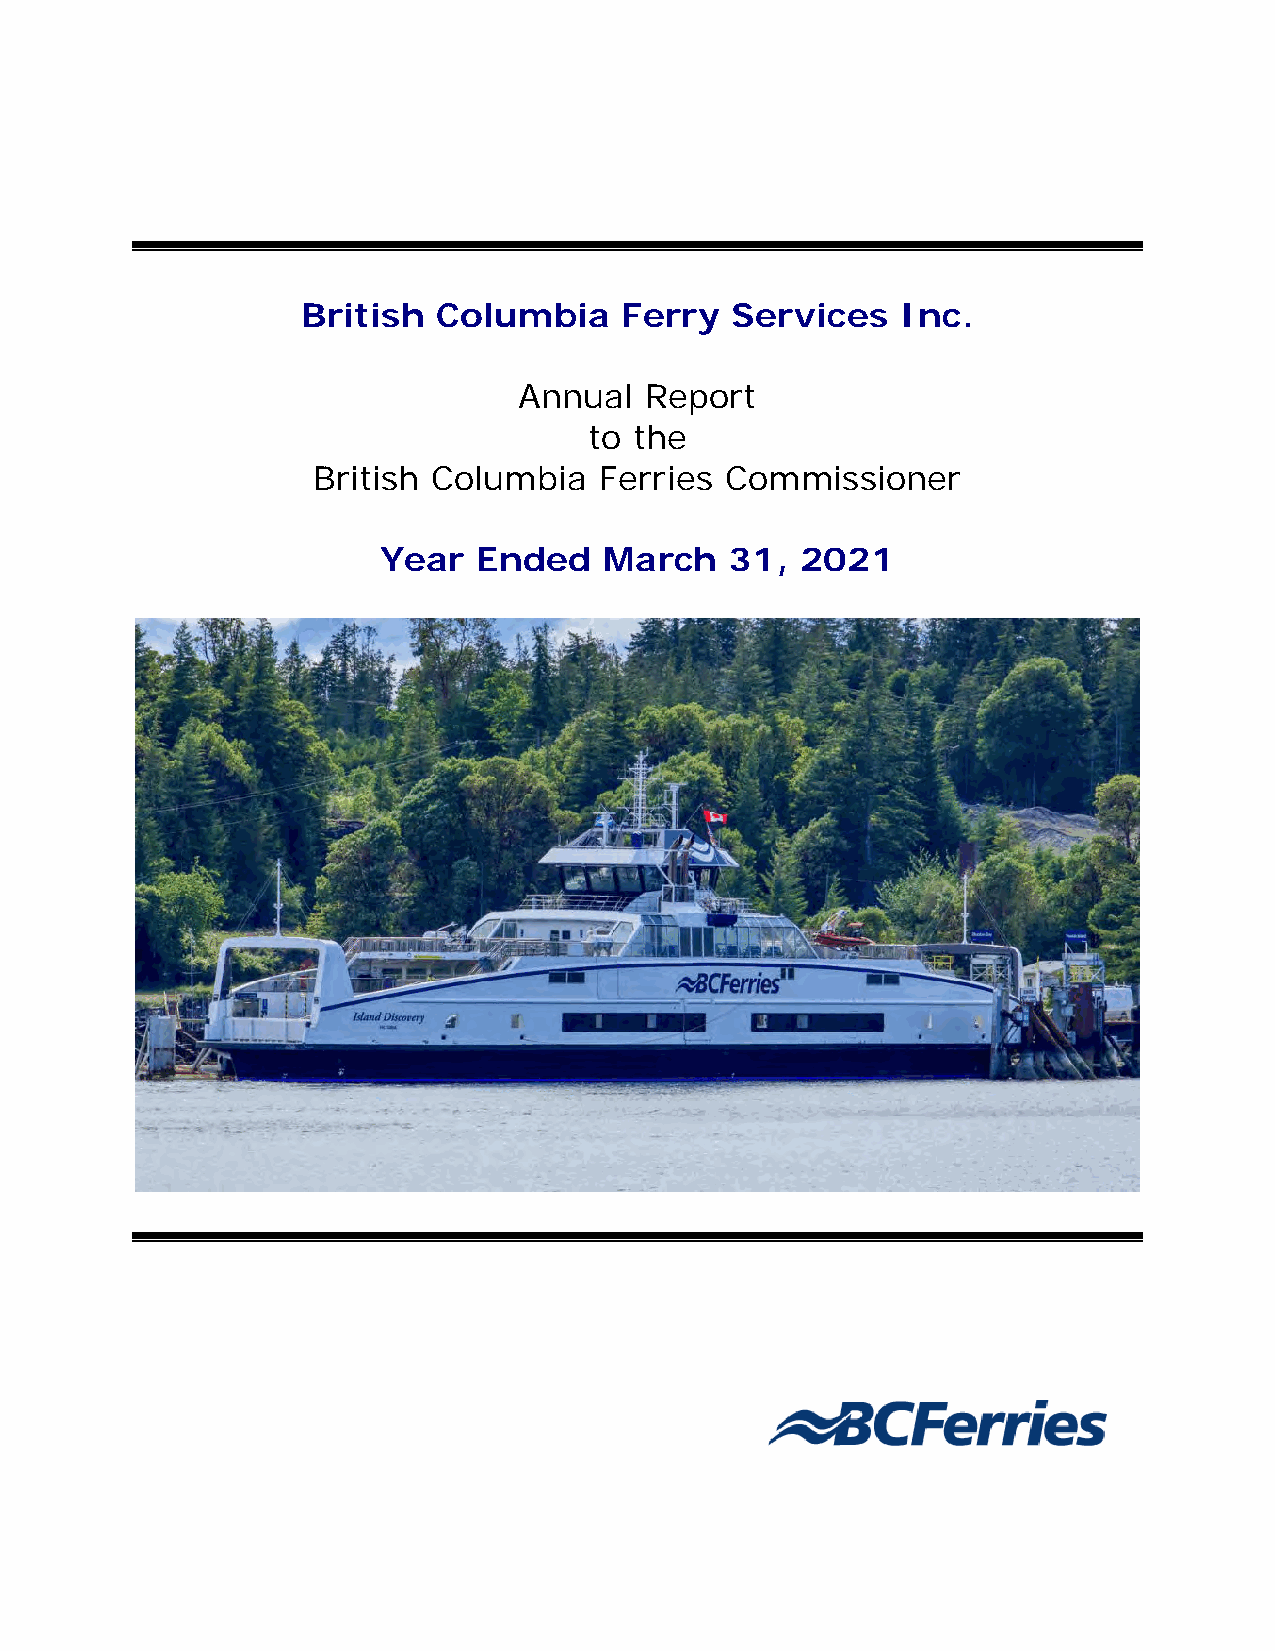
British  Columbia    Ferry  Services    Inc.
 Annual   Report
 to the
 British Columbia   Ferries Commissioner
 Year   Ended   March   31,  2021